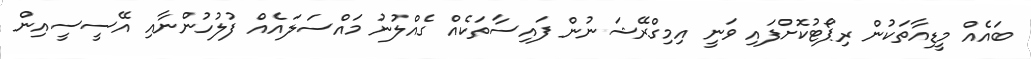
ބައެއް މީޑިއާތަކުން ރިޕޯޓުކޮށްފައި ވަނީ އިމިގްރޭޝަނުން ފައިސާތަކެއް ގެއްލުނު މައްސަލައެއް ފުލުހުންނާއި އޭސީސީއިން